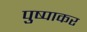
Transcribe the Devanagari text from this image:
पुष्पाकर